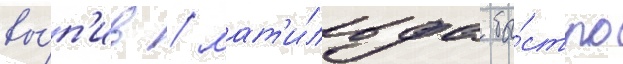
вы́п'ив / мат'и́льда бы́стро